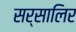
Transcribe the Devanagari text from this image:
सर्सालिर